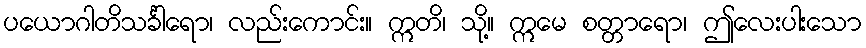
ပယောဂါတိသင်္ခါရော၊ လည်းကောင်း။ ဣတိ၊ သို့။ ဣမေ စတ္တာရော၊ ဤလေးပါးသော